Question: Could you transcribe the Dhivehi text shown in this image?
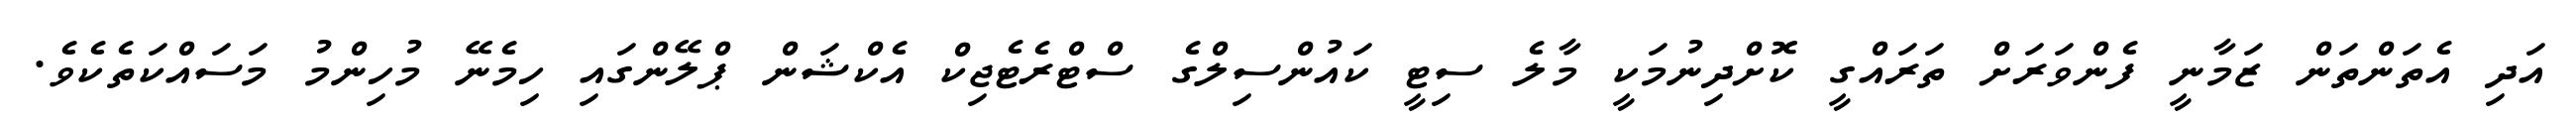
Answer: އަދި އެތަންތަން ޒަމާނީ ފެންވަރަށް ތަރައްގީ ކޮށްދިނުމަކީ މާލެ ސިޓީ ކައުންސިލްގެ ސްޓްރެޓެޖިކް އެކްޝަން ޕްލޭންގައި ހިމެނޭ މުހިންމު މަސައްކަތެކެވެ.